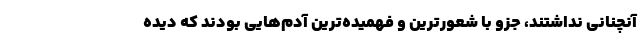
آنچنانی نداشتند، جزو با شعورترین و فهمیده‌ترین آدم‌هایی بودند که دیده